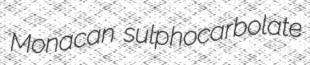
Monacan sulphocarbolate